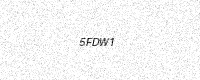
Text: 5FDW1